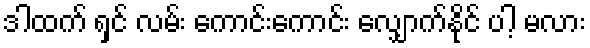
ဒါထက် ရှင် လမ်း ကောင်းကောင်း လျှောက်နိုင် ပါ့ မလား